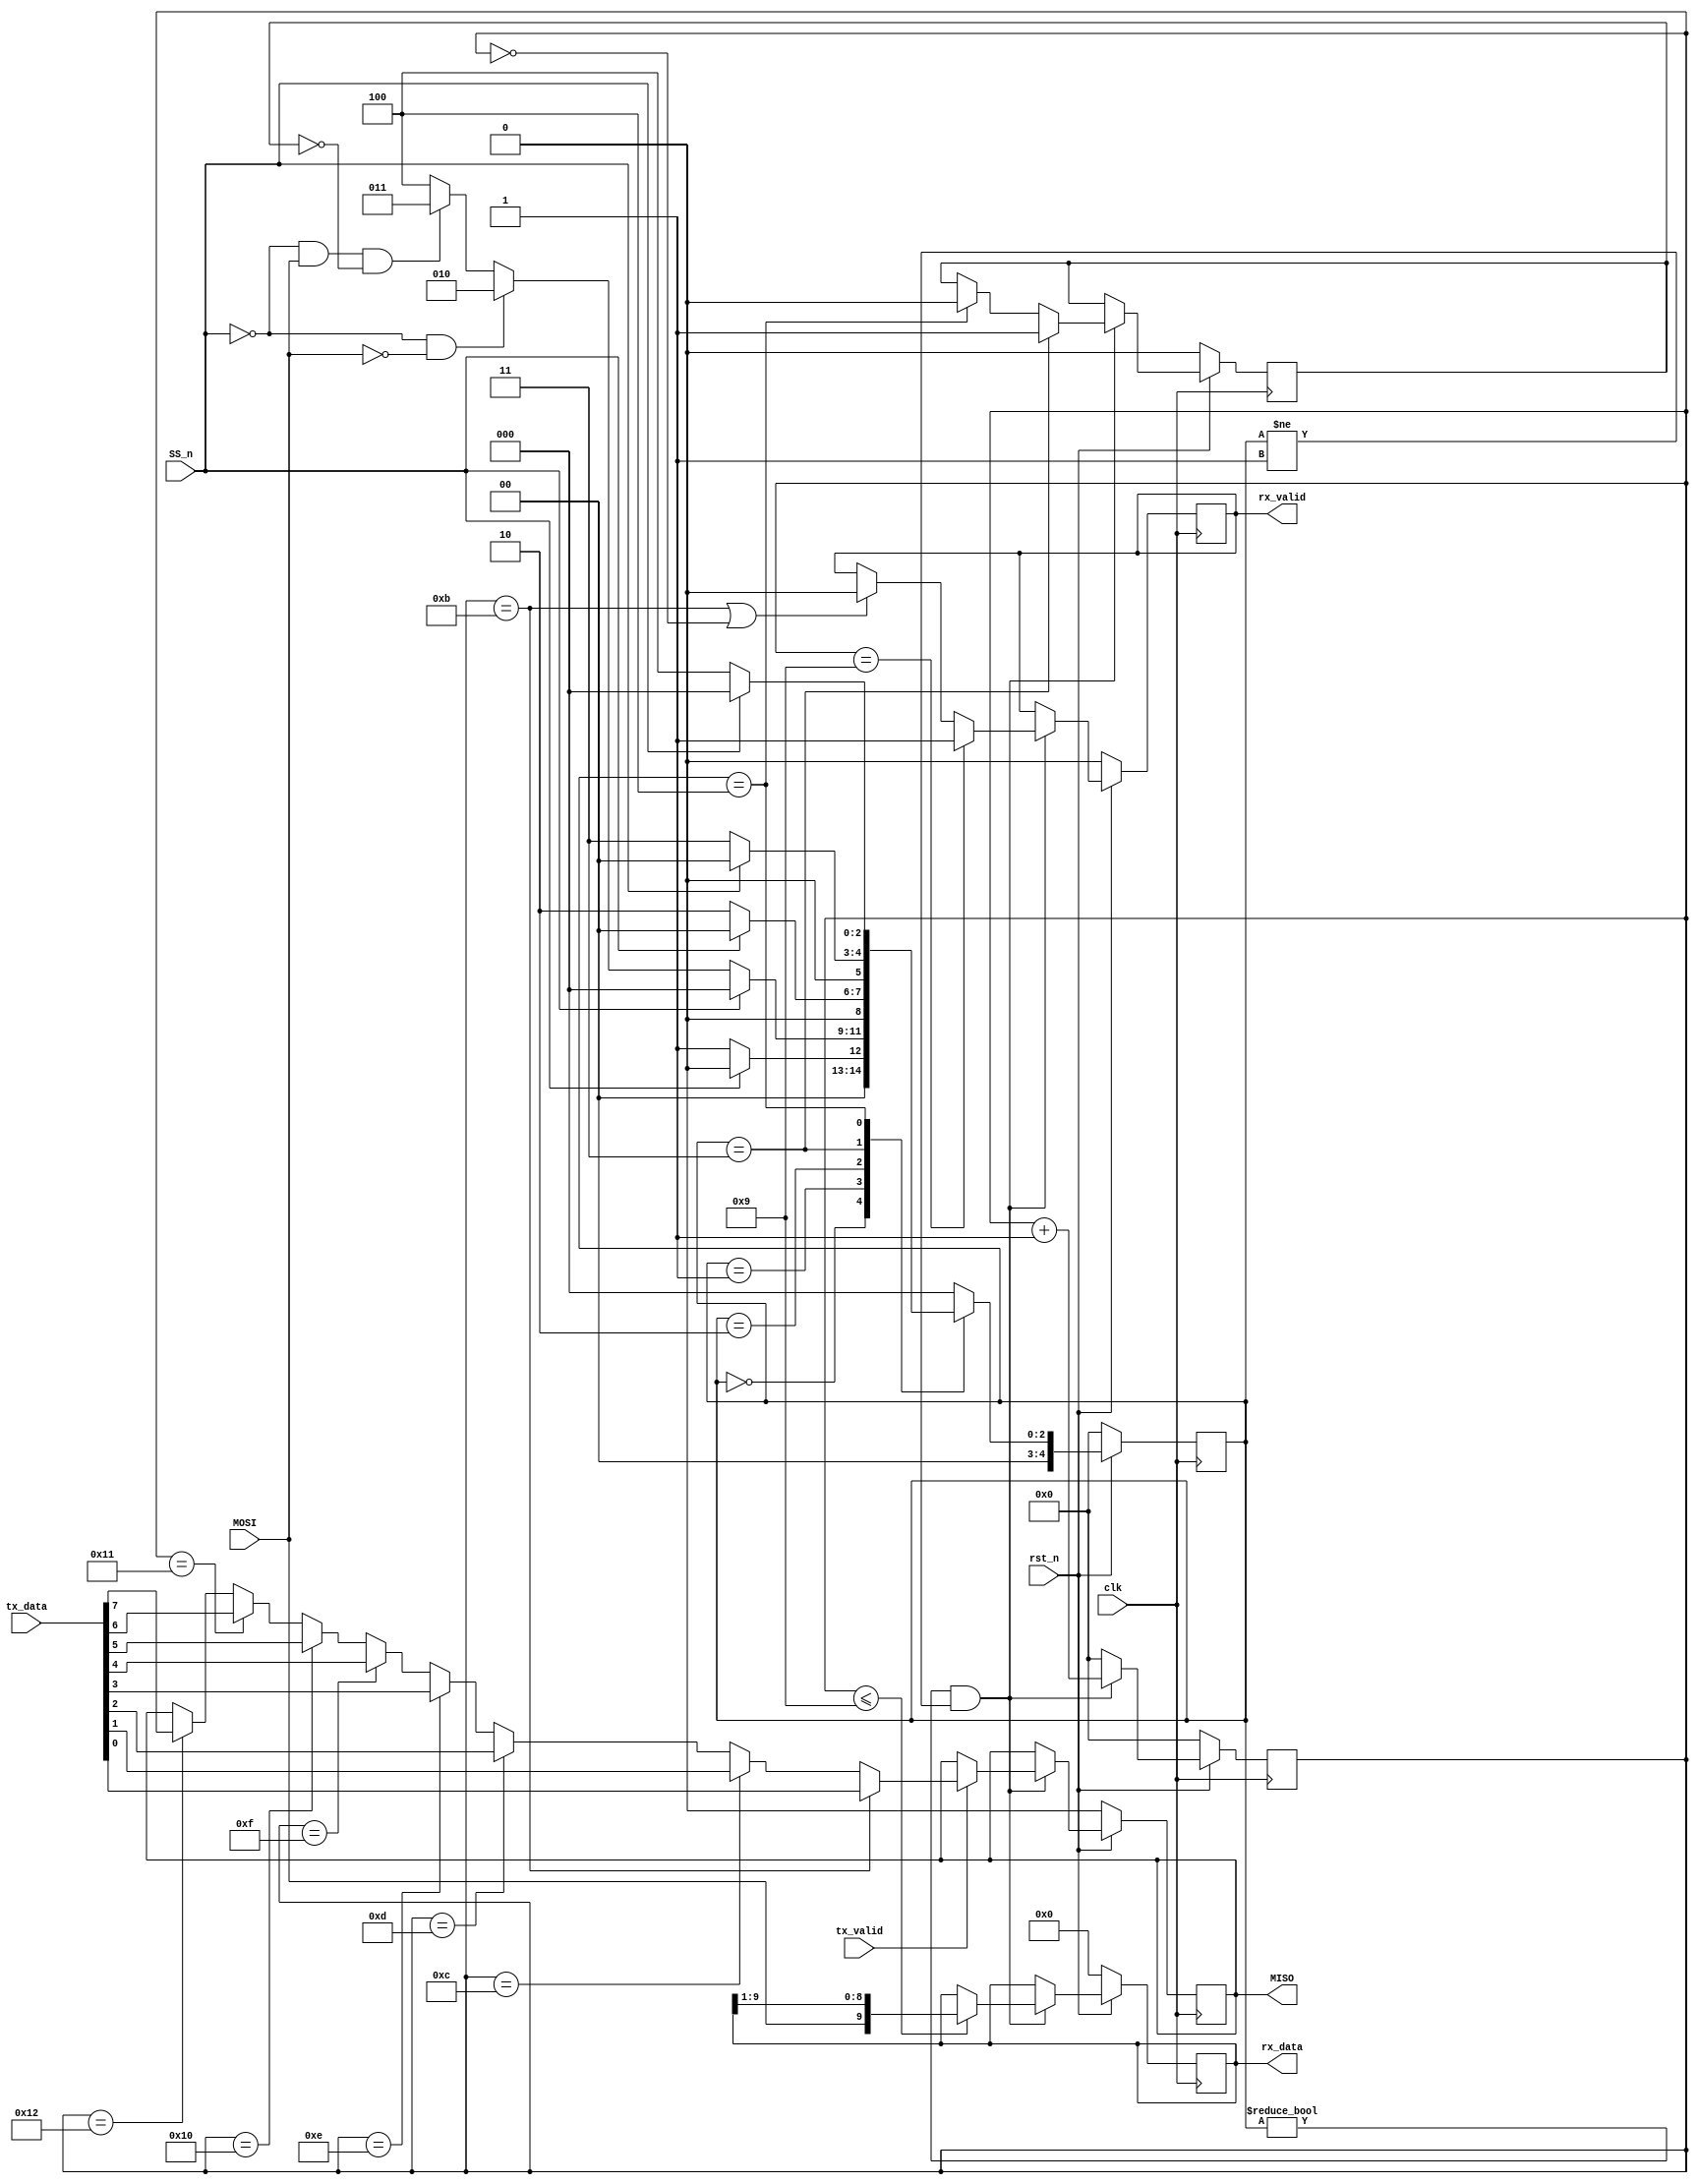
module SPI (
    input clk, rst_n,
    input MOSI, SS_n,
    input tx_valid,
    input [7:0]tx_data,

    output reg MISO, 
    output reg rx_valid, 
    output reg [9:0]rx_data
);
    parameter IDLE = 3'b000;
    parameter CHK_CMD = 3'b001;
    parameter WRITE = 3'b010;
    parameter READ_ADD = 3'b011;
    parameter READ_DATA = 3'b100;

    reg read_trans;
    reg [4:0] cs, ns;

// Next state
    always @(*) begin
        case (cs)
            IDLE: 
                if (SS_n)
                    ns = IDLE;
                else
                    ns = CHK_CMD;
            CHK_CMD:
                if (SS_n)
                    ns = IDLE;
                else if (~SS_n && ~MOSI)
                    ns = WRITE;
                else if (~SS_n && MOSI && ~read_trans)
                    ns = READ_ADD;
                else
                    ns = READ_DATA;
            WRITE:
                if (~SS_n)
                    ns = WRITE;
                else
                    ns = IDLE;
            READ_ADD:
                if (~SS_n)
                    ns = READ_ADD;
                else
                    ns = IDLE;
            READ_DATA:
                if (~SS_n)
                    ns = READ_DATA;
                else
                    ns = IDLE;
            default: ns = IDLE; 
        endcase
    end

// State memory
    always @(posedge clk) begin
        if (~rst_n) begin
            cs <= IDLE;
        end else
            cs <= ns;
    end

// Output
    reg [4:0] counter;
    always @(posedge clk) begin
        if (~rst_n) begin
            counter <= 0;
            rx_data <= 0;
            MISO <= 0;
            rx_valid <= 0;
            read_trans = 0;
        end
        else if (cs != IDLE && cs != CHK_CMD) begin
                if(cs == READ_ADD)
                    read_trans = 1;
                else if(cs == READ_DATA)
                    read_trans = 0;

                if (counter<=9)
                    rx_data = {MOSI, rx_data[9:1]};
                
                if (counter == 9)
                    rx_valid = 1;
                else if (counter == 11 || counter == 0)
                    rx_valid <= 0;
                    
                if (tx_valid) begin
                    if (counter==11) MISO <= tx_data[0];
                    else if (counter==12) MISO <= tx_data[1];
                    else if (counter==13) MISO <= tx_data[2];
                    else if (counter==14) MISO <= tx_data[3];
                    else if (counter==15) MISO <= tx_data[4];
                    else if (counter==16) MISO <= tx_data[5];
                    else if (counter==17) MISO <= tx_data[6];
                    else if (counter==18) MISO <= tx_data[7];                  
                end

                counter <= counter + 1;
        end else counter = 0;
    end
endmodule